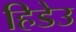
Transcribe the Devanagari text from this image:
हिडेउ